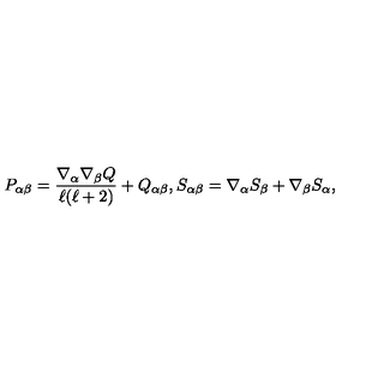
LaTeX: P _ { \alpha \beta } = \frac { \nabla _ { \alpha } \nabla _ { \beta } Q } { \ell ( \ell + 2 ) } + Q _ { \alpha \beta } , S _ { \alpha \beta } = \nabla _ { \alpha } S _ { \beta } + \nabla _ { \beta } S _ { \alpha } ,